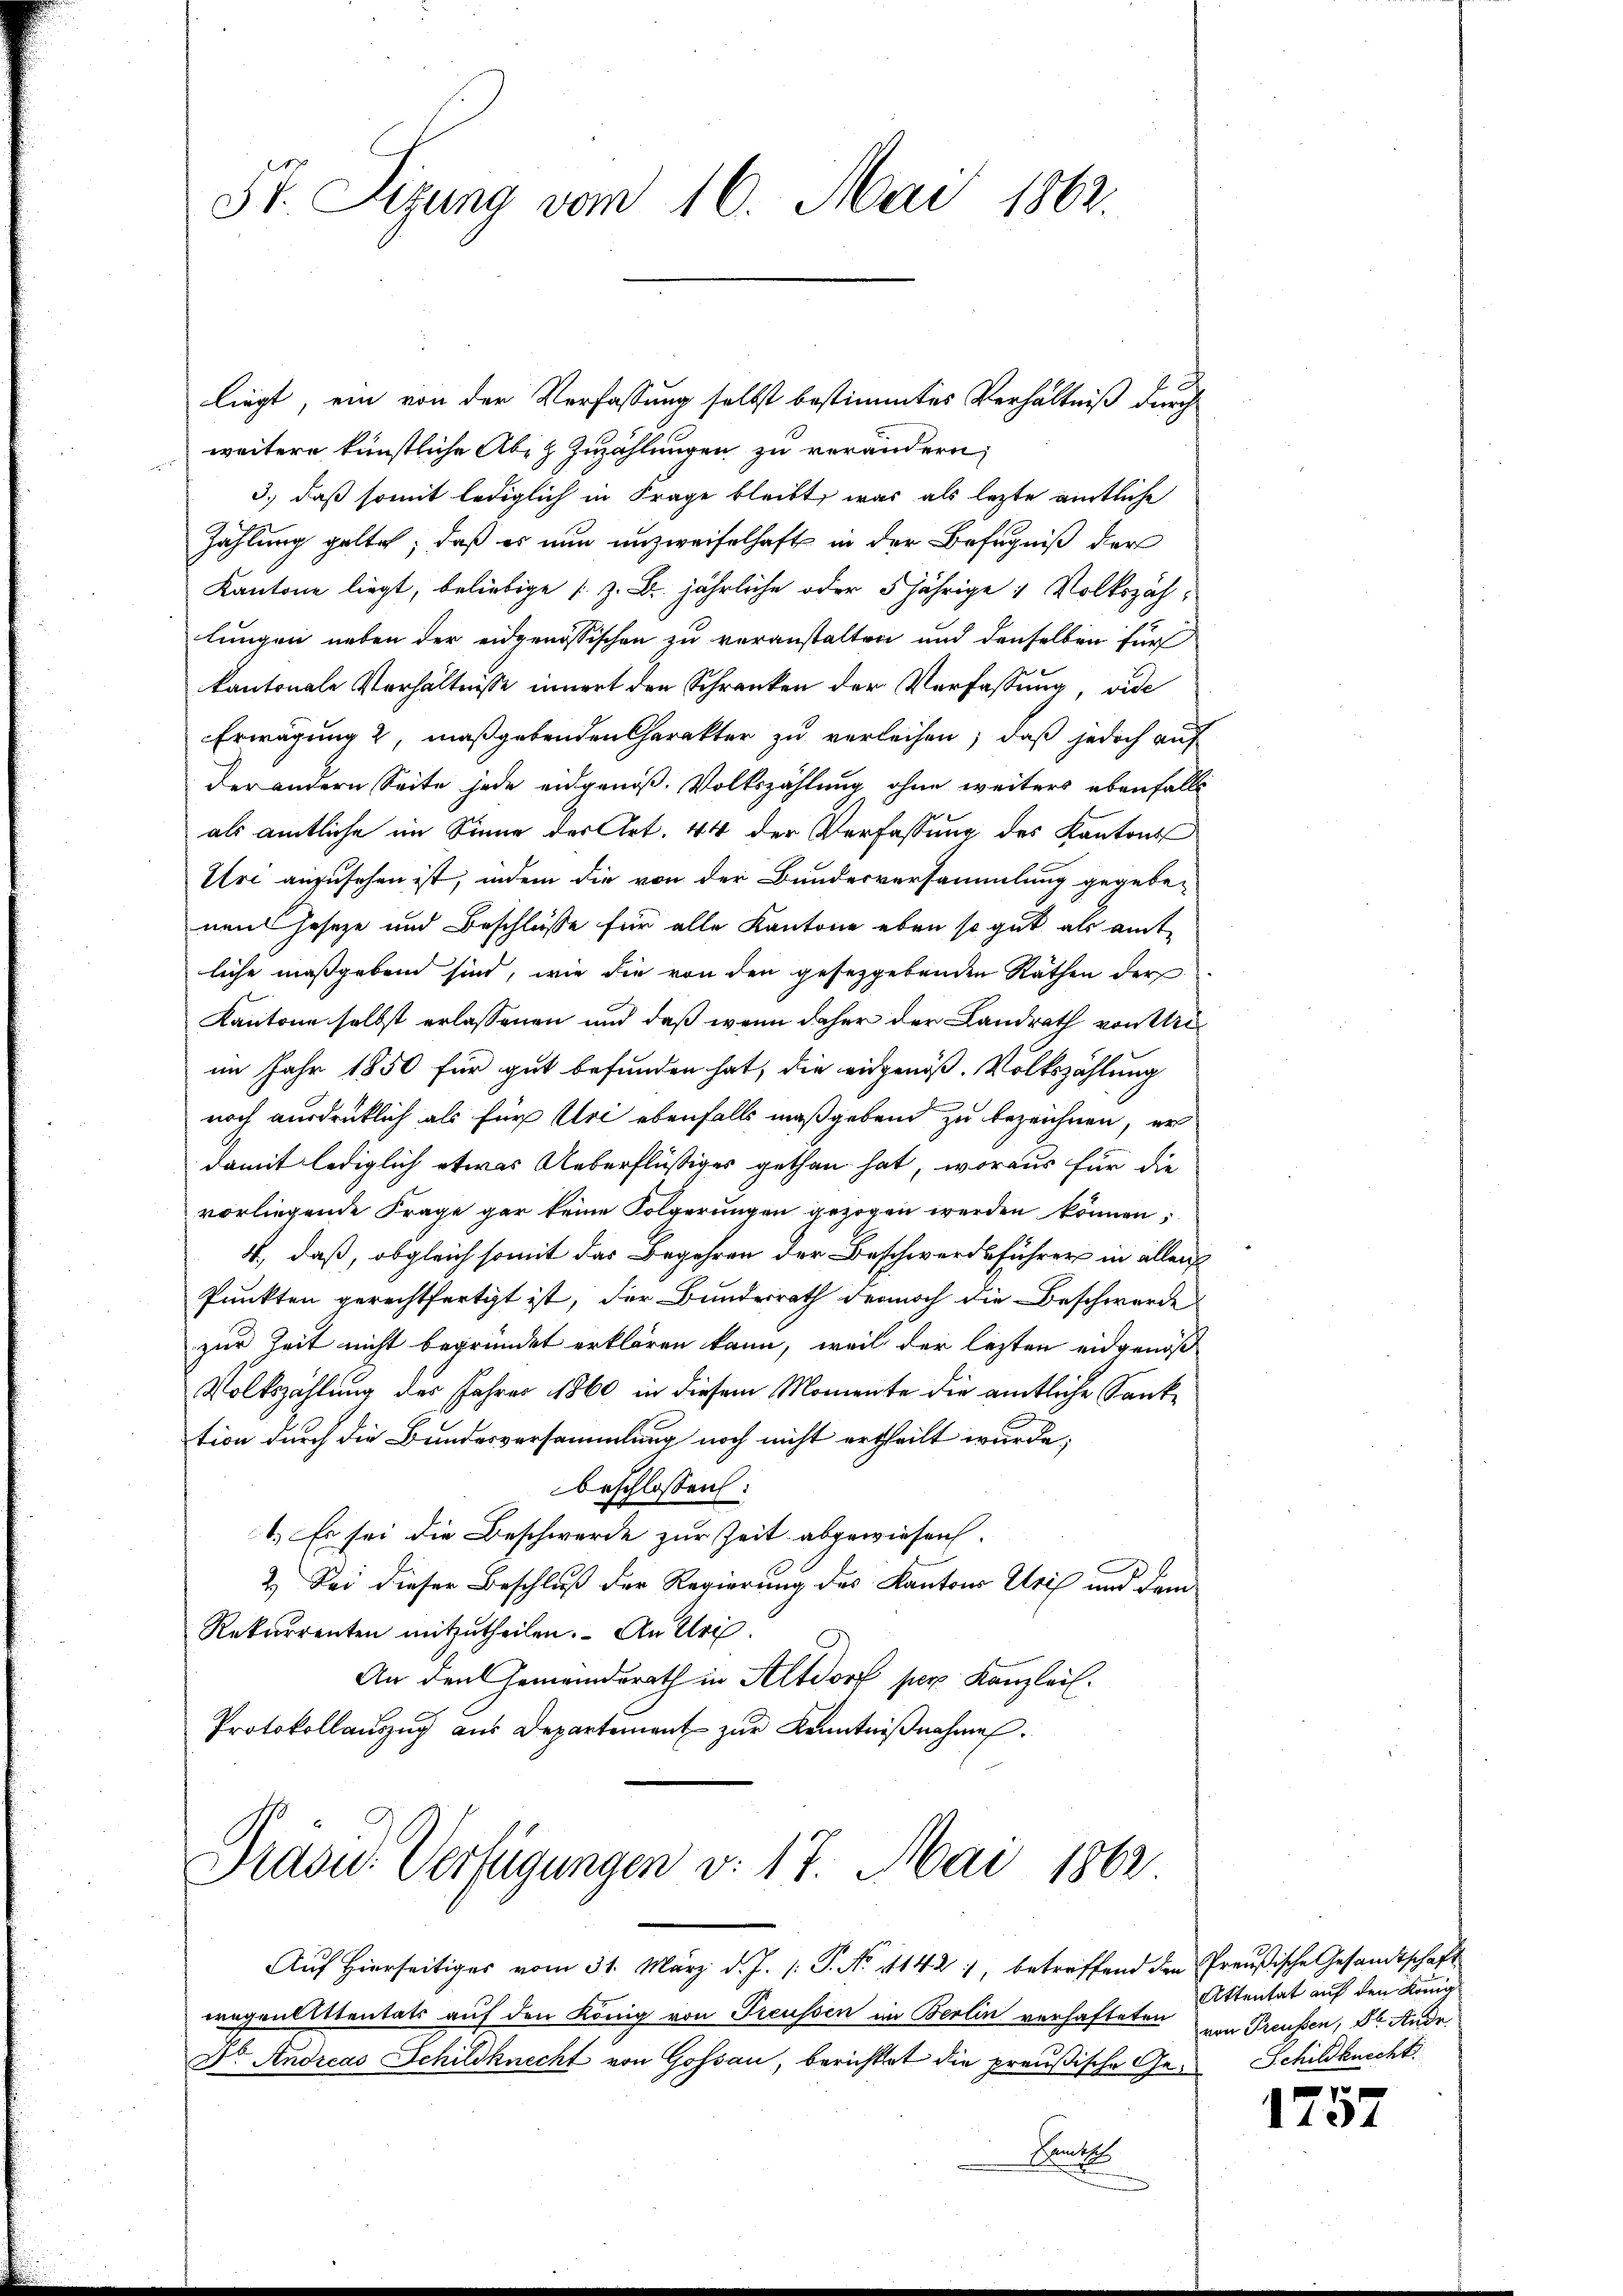
St. Sizung vom 16. Mai 1862.

liegt, ein von der Verfassung selbst bestimmtes Verhältniß durch
weitere künstliche Absz Zuzählungen zu verändern,
3.) daß somit lediglich in Frage bleibt, was als lezte amtliche
Zahlung gelte, daß es nun unzweifelhaft in der Befugniß der
Kantone liegt, beliebige (z. B. jährliche oder 5 jährige 1 Volkszählungen neben der eidgenössischen zu veranstalten und denselben für
kantonale Verhältnisse innert den Schranken der Verfassung, vide
Erwägung 2, maßgebenden Charakter zu verleihen; daß jedoch auf
der andern Seite jede eidgenöß. Volkszählung ohne weiters ebenfalls
als amtliche im Sinne der Art. 44 der Verfassung des Kantons
Uri anzusehen ist, indem die von der Bundesversammlung gegebe-
nen Geseze und Beschlüsse für alle Kantone eben so gut als amt
liche maßgeben sind, wie die von den gesezgebenden Räthen der
Kantone selbst erlassenen und daß wenn daher der Landrath von Miim Jahr 1850 für gut befunden hat, die eidgenöß. Volkszählung
noch ausdrüklich als für Uri ebenfalls maßgebend zu bezeichnen, er
damit lediglich etwas Ueberflüßiges gethan hat, woraus für die
vorliegende Frage gar keine Folgerungen gezogen werden können;
4., daß, obgleich somit das Begehren der Beschwerdsführer in allen
Punkten gerechtfertigt ist, der Bundesrath dennoch die Beschwerde
zur Zeit nicht begründet erklären kann, weil der lezten eidgenöß
Volkszählung des Jahres 1860 in diesem Momente die amtliche Sanktion durch die Bundesversammlung noch nicht ertheilt wurde;
beschlossen:
1.) Es sei die Beschwerde zur Zeit abgewiesen.
2.) Sei dieser Beschluß der Regierung des Kantons Uri und dem
Rekurrenten mitzutheilen. An Uri
An den Gemeindsrath in Altdorf per Kanzleil.
Protokollaŭszŭg aŭs Departement zŭr Kenntniβnahme.

Präsid. Verfügungen v. 17. Mai 1862

Auf Hierseitiges vom 31. März d. J. P. No 1142, betreffend den Preußische Gesandtschaft
wegen littentats auf den König von Treussen in Berlin verhafteten
Dr. Andreas Schildknecht von Gossau, berichtet die preußische Ge- Schildknecht
Sankt

Attentat auf den Königl.
von Treussen, 8. Ande

x
110.